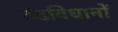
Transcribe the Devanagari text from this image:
दंडविधानों